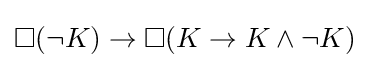
\Box (\lnot K)\to \Box (K\to K\land \lnot K)